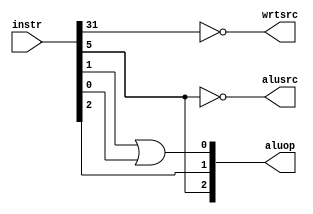
`timescale 1ns / 1ps
//////////////////////////////////////////////////////////////////////////////////
// Company: 
// Engineer: 
// 
// Design Name: 
// Module Name: control
// Project Name: 
// Target Devices: 
// Tool Versions: 
// Description: 
// 
// Dependencies: 
// 
// Revision:
// Revision 0.01 - File Created
// Additional Comments:
// 
//////////////////////////////////////////////////////////////////////////////////


module control(
    input [31:0] instr,
    output wrtsrc,
    output alusrc,
    output [2:0] aluop

    );
    
    assign wrtsrc = ~instr[31];
    assign alusrc = ~instr[5];
    assign aluop  = {instr[5],instr[2],instr[1] | instr[0]};
endmodule